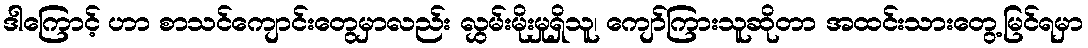
ဒါကြောင့် ဟာ စာသင်ကျောင်းတွေမှာလည်း လွှမ်းမိုးမှုရှိသူ၊ ကျော်ကြားသူဆိုတာ အထင်းသားတွေ့မြင်ရမှာ